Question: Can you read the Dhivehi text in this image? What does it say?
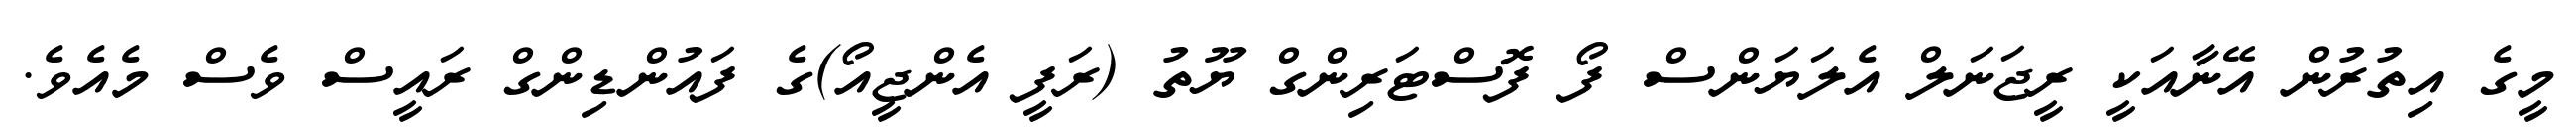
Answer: މީގެ އިތުރުން އޭނާއަކީ ރީޖަނަލް އެލަޔަންސް ފޯ ފޮސްޓަރިންގް ޔޫތު (ރަފީ އެންޖީއޯ)ގެ ފައުންޑިންގް ރައީސް ވެސް މެއެވެ.